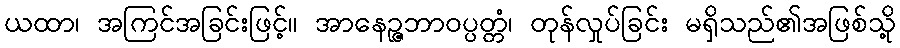
ယထာ၊ အကြင်အခြင်းဖြင့်။ အာနေဉ္ဇဘာဝပ္ပတ္တံ၊ တုန်လှုပ်ခြင်း မရှိသည်၏အဖြစ်သို့